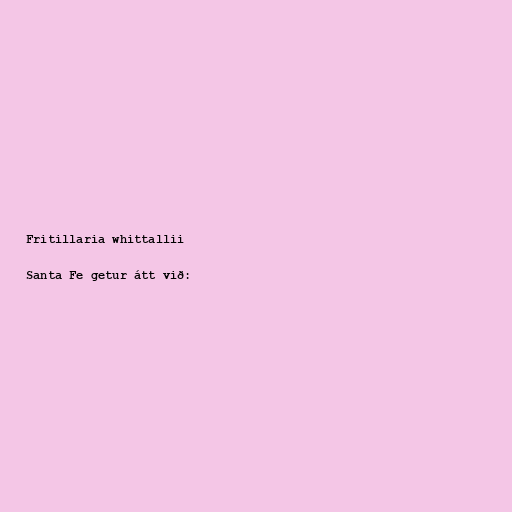
Fritillaria whittallii

Santa Fe getur átt við: